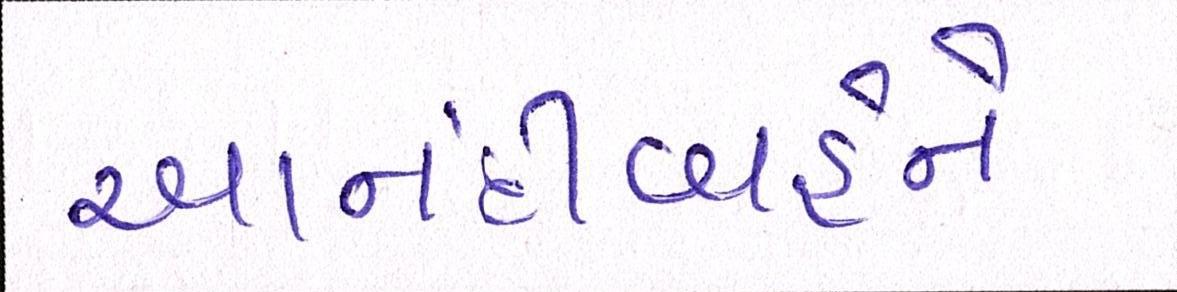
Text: આનંદીબહેને